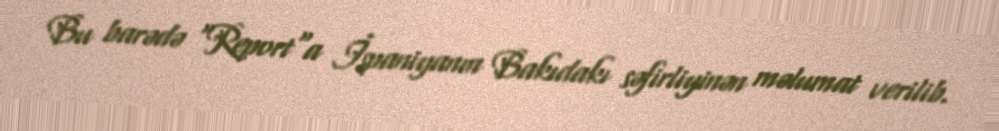
Bu barədə "Report"a İspaniyanın Bakıdakı səfirliyinən məlumat verilib.